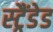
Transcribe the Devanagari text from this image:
स्ट्रैंडेड